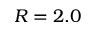
R = 2 . 0